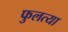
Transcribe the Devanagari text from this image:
फुलत्या